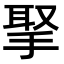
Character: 𢮝